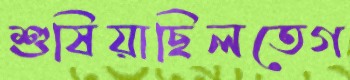
শুষিয়াছিলতেগ